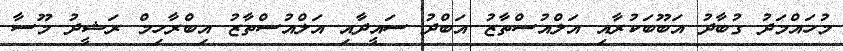
މުހައްމަދު ގުބާދު އަބޫބަކުރާއި އަލްއުސްތާޒު އަބްދު ސައީދާއި އަލްއުސްތާޒު އިބްރާހިމް ރަޝީދު މޫސާ